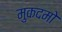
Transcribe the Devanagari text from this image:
मुकदमो